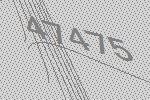
47475